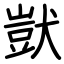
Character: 獃